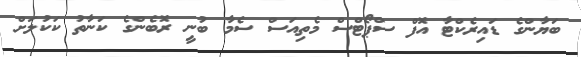
ބަޔާންގެ ޑައިރެކްޓާ އޮފް ސްޕޯޓްސް މެތިއަސް ސެމާ ބުނީ ރޮބެންގެ ކަނާތު ކަކުލަށް